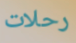
رحلات